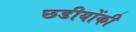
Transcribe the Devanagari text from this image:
छडीयोंकी